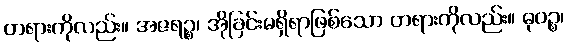
တရားကိုလည်း။ အဇရဉ္စ၊ အိုခြင်းမရှိရာဖြစ်သော တရားကိုလည်း။ ဓုဝဉ္စ၊